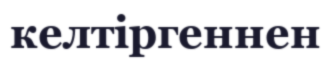
келтіргеннен